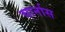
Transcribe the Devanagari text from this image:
चार्नास